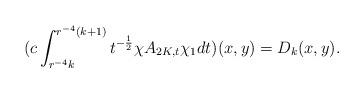
LaTeX: \begin{align*}(c\int^{r^{-4}(k+1)}_{r^{-4}k}t^{-\frac{1}{2}}\chi A_{2K,t}\chi_1dt)(x,y)=D_k(x,y).\end{align*}